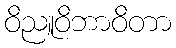
ဝိညူဝိဘာဝိတာ